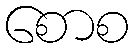
စောစ